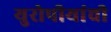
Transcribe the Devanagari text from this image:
युरोपीयांची